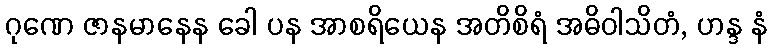
ဂုဏေ ဇာနမာနေန ခေါ ပန အာစရိယေန အတိစိရံ အဓိဝါသိတံ, ဟန္ဒ နံ